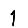
Digit: 1